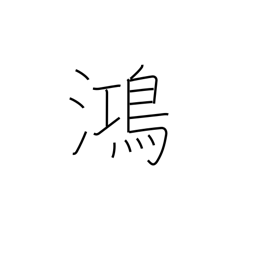
Meaning: prosperous